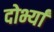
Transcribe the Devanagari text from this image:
दोर्भ्यां